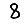
Digit: 8